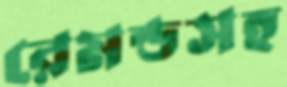
রেমন্ডসহ